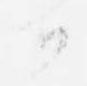
か